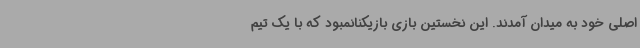
اصلی خود به میدان آمدند. این نخستین بازی بازیکنانمبود که با یک تیم